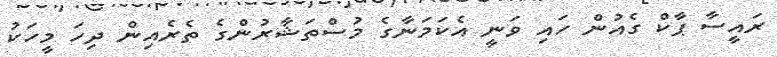
ރައީސާ ޕާކް ގެއުން ހައި ވަނީ އެކަމަނާގެ މުސްތަޝާރުންގެ ތެރެއިން ދިހަ މީހަކު